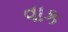
વાક